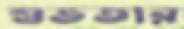
শুভতার